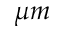
\mu m